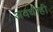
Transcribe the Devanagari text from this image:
अवधीही